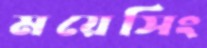
ময়েসিং